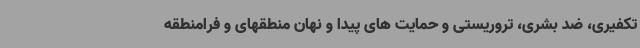
تکفیری، ضد بشری، تروریستی و حمایت های پیدا و نهان منطقهای و فرامنطقه